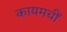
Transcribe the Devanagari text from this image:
कायमचीं